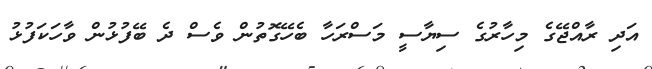
އަދި ރާއްޖޭގެ މިހާރުގެ ސިޔާސީ މަސްރަހާ ބެހޭގޮތުން ވެސް ދެ ބޭފުޅުން ވާހަކަފުޅު